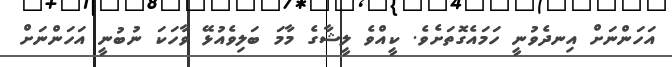
އަހަންނަށް އިނދެވުނީ ހަމައެގޮތަށެވެ. ކީއްވެ ލީޝާގެ މާމަ ބަލިވެއުޅޭ ވާހަކަ ނުބުނީ އަހަންނަށް